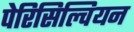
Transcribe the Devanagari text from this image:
पेरिसिल्वियन